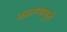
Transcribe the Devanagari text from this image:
कलण्यामुले